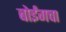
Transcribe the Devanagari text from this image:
बोईंगचा